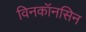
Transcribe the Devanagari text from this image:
विनकॉनसिन